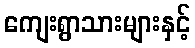
ကျေးရွာသားများနှင့်